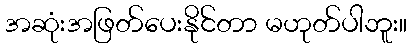
အဆုံးအဖြတ်ပေးနိုင်တာ မဟုတ်ပါဘူး။